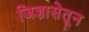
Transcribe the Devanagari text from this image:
जिज्ञासेतून